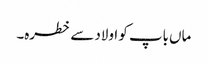
ماں باپ کو اولاد سے خطرہ۔